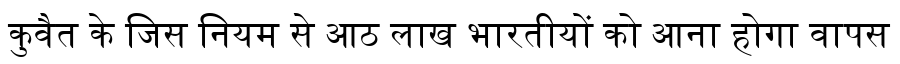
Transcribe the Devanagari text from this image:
कुवैत के जिस नियम से आठ लाख भारतीयों को आना होगा वापस